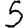
Digit: 5